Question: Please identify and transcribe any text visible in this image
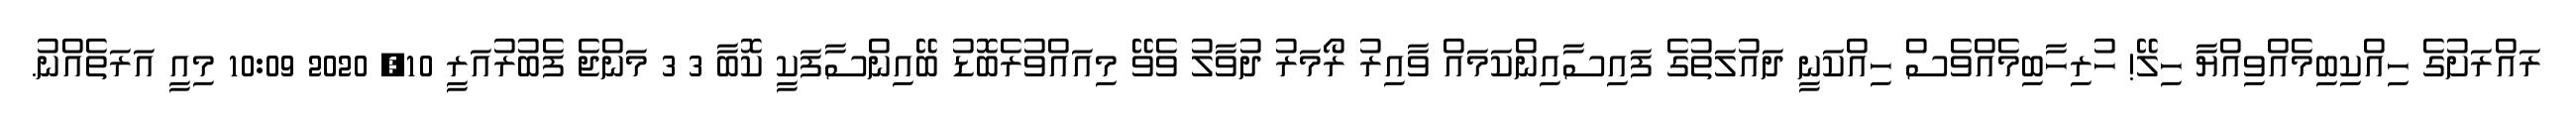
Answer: ރައްރަށުގެ ހިއްކިބިމެއްވިއްޔާ ހިލޭ! ހުރިހާބިމެއްވެސް ހިއްކަނީ ދައުލަތުގެ ފައިސާއިންކަމައް ވާއިރު ރޯމަރު ދުވާލު ވެވޭ މިއައްވުރެބޮޑު ބޭއިންސާފަކީ ކޮބާ 3 3 މަންޖެ ފެބުރުއަރީ 10, 2020 10:09 މިއީ އަރަތެއްނު.